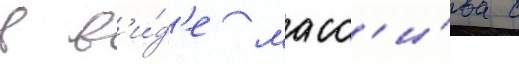
в в'и́д'е масс'и́ва с